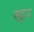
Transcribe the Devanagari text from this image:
स्टुर